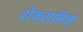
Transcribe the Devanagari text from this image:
शेक्शनिक्